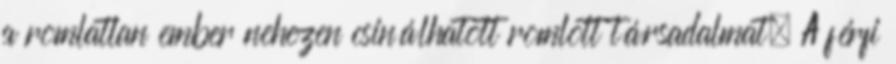
a romlatlan ember nehezen csinálhatott romlott társadalmat. A férfi